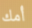
أمك